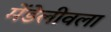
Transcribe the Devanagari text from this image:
मेंडेलीवला